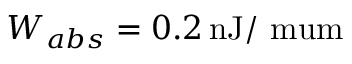
W _ { a b s } = 0 . 2 \, \mathrm { n J / \ m u m }